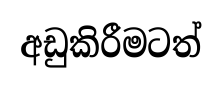
අඩුකිරීමටත්